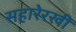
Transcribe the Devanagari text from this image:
सहारेरखी